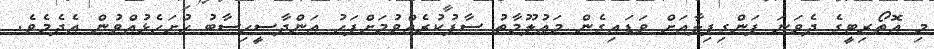
މި އޮތޯރިޓީގެ ދެވަނަ ފަންގިފިލާއަށް ވަޑައިގެން މަޢުލޫމާތު ސާފުކުރެއްވުމަށްފަހު އަންދާސީހިސާބު ހުށަހެޅުއްވުން އެދެމެވެ.